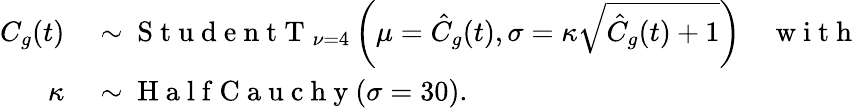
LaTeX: \begin{array}{rl}{C_{g}(t)}&{{}\sim\mathrm{~S~t~u~d~e~n~t~T~}_{\nu=4}\left(\mu=\hat{C}_{g}(t),\sigma=\kappa\sqrt{\hat{C}_{g}(t)+1}\right)\quad\mathrm{~w~i~t~h~}}\\ {\kappa}&{{}\sim\mathrm{~H~a~l~f~C~a~u~c~h~y~}(\sigma=30).}\end{array}